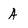
Character: A